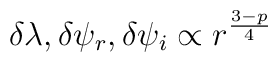
\delta \lambda , \delta \psi_r, \delta \psi_i \propto r^{3-p\over 4}